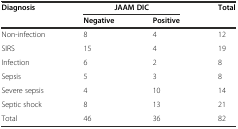
<table><thead><tr><td rowspan="2"><b>Diagnosis</b></td><td><b>JAAM DIC</b></td><td></td><td rowspan="2"><b>Total</b></td></tr><tr><td><b>Negative</b></td><td><b>Positive</b></td></tr></thead><tbody><tr><td>Non-infection</td><td>8</td><td>4</td><td>12</td></tr><tr><td>SIRS</td><td>15</td><td>4</td><td>19</td></tr><tr><td>Infection</td><td>6</td><td>2</td><td>8</td></tr><tr><td>Sepsis</td><td>5</td><td>3</td><td>8</td></tr><tr><td>Severe sepsis</td><td>4</td><td>10</td><td>14</td></tr><tr><td>Septic shock</td><td>8</td><td>13</td><td>21</td></tr><tr><td>Total</td><td>46</td><td>36</td><td>82</td></tr></tbody></table>